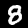
Digit: 8